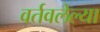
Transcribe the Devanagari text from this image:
वर्तवलेल्या